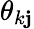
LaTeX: \theta_{k\mathbf{j}}